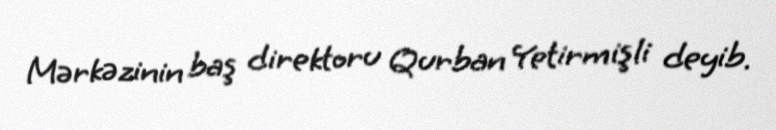
Mərkəzinin baş direktoru Qurban Yetirmişli deyib.